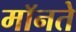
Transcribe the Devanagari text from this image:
मॉनते